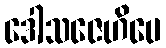
ဒေါသဇေဟိပေ